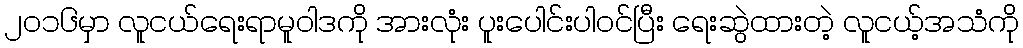
၂၀၁၆မှာ လူငယ်ရေးရာမူဝါဒကို အားလုံး ပူးပေါင်းပါဝင်ပြီး ရေးဆွဲထားတဲ့ လူငယ့်အသံကို